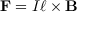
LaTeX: \mathbf { F } = I { \boldsymbol { \ell } } \times \mathbf { B } \,